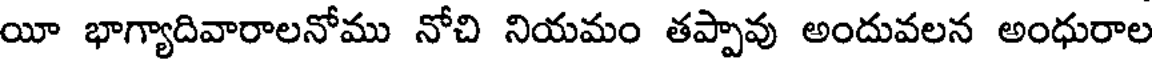
యీ భాగ్యాదివారాలనోము నోచి నియమం తప్పావు అందువలన అంధురాల